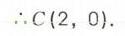
\(\therefore C(2,0)\).